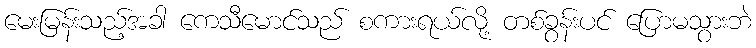
မေးမြန်းသည့်အခါ ကေသီမောင်သည် စကားရယ်လို့ တစ်ခွန်းပင် ပြောမသွားဘဲ